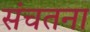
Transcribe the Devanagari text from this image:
संचतना